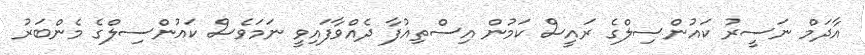
އާދަމް ނަސީރު ކައުންސިލްގެ ރައީސް ކަމުން އިސްތިއުފާ ދެއްވާފައިވީ ނަމަވެސް ކައުންސިލްގެ މެންބަރު